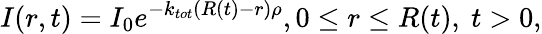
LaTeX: I(r,t)=I_{0}e^{-k_{tot}(R(t)-r)\rho},0\leq r\leq R(t),\ t>0,